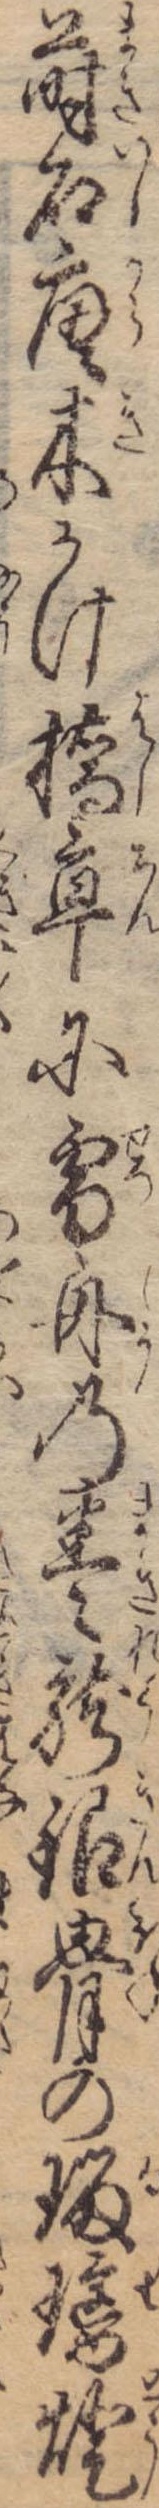
蒔石唐木かけ橋亭に雪舟の巻竜銀骨の溜璃灯